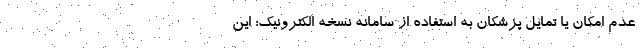
عدم امکان یا تمایل پزشکان به استفاده از سامانه نسخه الکترونیک؛ این